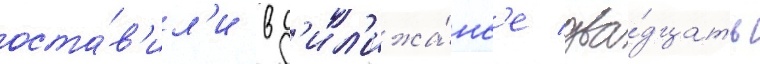
оста́в'ил'и в д'ил'ижа́нс'е два́дцать